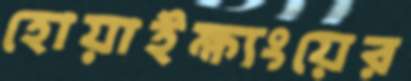
হোয়াইক্ষ্যংয়ের